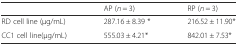
<table><thead><tr><td></td><td><b>AP (<i>n</i> = 3)</b></td><td><b>RP (<i>n</i> = 3)</b></td></tr></thead><tbody><tr><td>RD cell line (μg/mL)</td><td>287.16 ± 8.39 *</td><td>216.52 ± 11.90*</td></tr><tr><td>CC1 cell line(μg/mL)</td><td>555.03 ± 4.21*</td><td>842.01 ± 7.53*</td></tr></tbody></table>